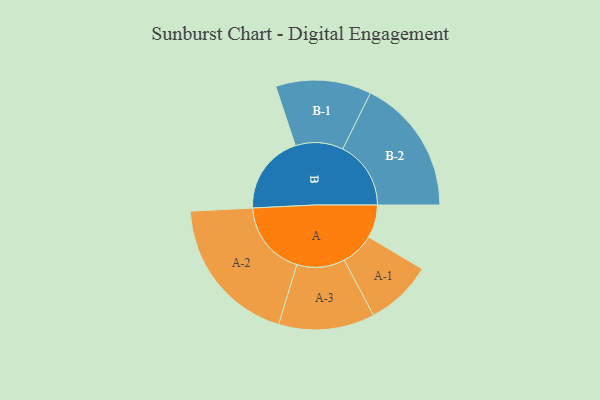
{"axis": {"x": "Segment", "y": "Value"}, "legend": ["", "A", "B"], "data": [{"x": "A", "y": 131, "type": ""}, {"x": "B", "y": 317, "type": ""}, {"x": "A-1", "y": 133, "type": "A"}, {"x": "A-2", "y": 299, "type": "A"}, {"x": "A-3", "y": 191, "type": "A"}, {"x": "B-1", "y": 190, "type": "B"}, {"x": "B-2", "y": 271, "type": "B"}]}